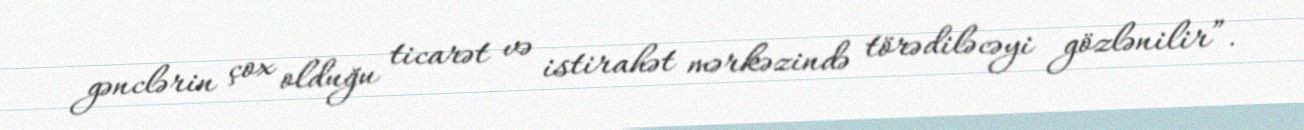
gənclərin çox olduğu ticarət və istirahət mərkəzində törədiləcəyi gözlənilir”.